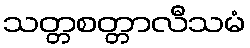
သတ္တစတ္တာလီသမံ